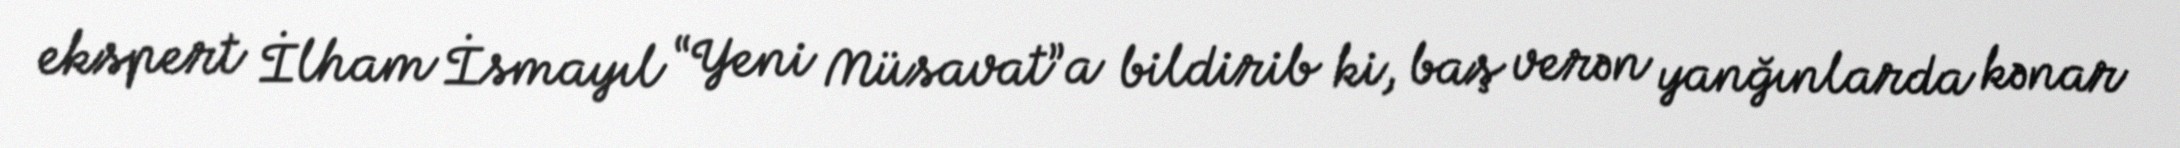
ekspert İlham İsmayıl “Yeni Müsavat”a bildirib ki, baş verən yanğınlarda kənar